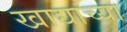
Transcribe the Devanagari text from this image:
खाद्याच्या